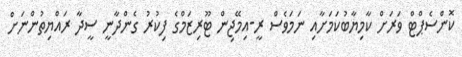
ކޮންސެޕްޓް ވަރަށް ކާމިޔާބުކަމަށާއި ނަމަވެސް ރީ-އިމޭޖިން ޓޫރިޒަމްގެ ފިކުރު ގެންދާނީ ސީދާ ރައްޔިތުންނަށް